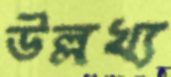
উল্লখ্য